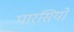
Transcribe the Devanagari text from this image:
पारसियो